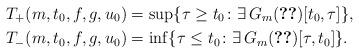
LaTeX: \begin{align*} T_+(m, t_0, f,g, u_0) &= \sup \{\tau \geq t_0 \colon \exists \, G_m \eqref{EquationNonlinearIBVP} [t_0, \tau]\}, \\ T_{-}(m, t_0, f,g, u_0) &= \inf \{\tau \leq t_0 \colon \exists \, G_m \eqref{EquationNonlinearIBVP} [\tau, t_0]\}. \end{align*}